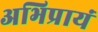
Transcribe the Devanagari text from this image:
अभिप्रायं